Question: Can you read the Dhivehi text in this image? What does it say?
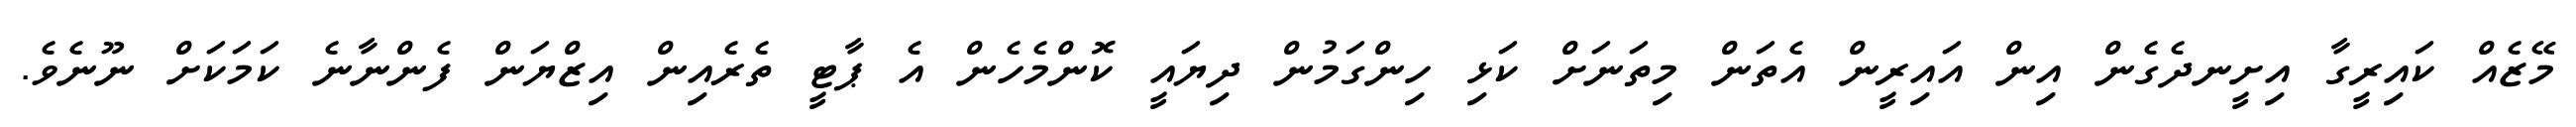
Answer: މޭޒެއް ކައިރީގާ އިށީނދެގެން އިން އައިރީން އެތަން މިތަނަށް ކަޅި ހިންގަމުން ދިޔައީ ކޮންމެހެން އެ ޕާޓީ ތެރެއިން އިޒްޔަން ފެންނާނެ ކަމަކަށް ނޫނެވެ.